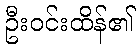
ဦးဝင်းထိန်၏